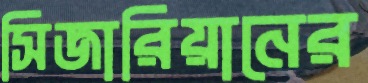
সিজারিয়ানের